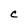
Character: C